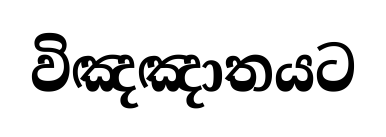
විඤඤාතයට